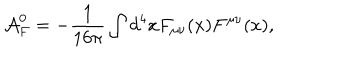
{ \cal A } _ { F } ^ { 0 } = - \frac { 1 } { 1 6 \pi } \int d ^ { 4 } x F _ { \mu \nu } ( x ) F ^ { \mu \nu } ( x ) ,